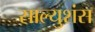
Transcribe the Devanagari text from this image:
साल्युशंस